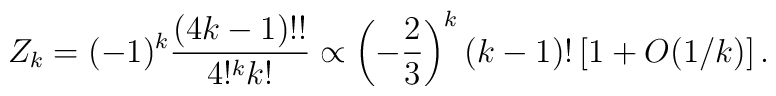
Z_k =  (-1)^k {(4k-1)!!\over 4!^k k!} \propto \left( -{2\over 3}\right)^k (k-1)!\left[ 1 + O(1/k)\right].